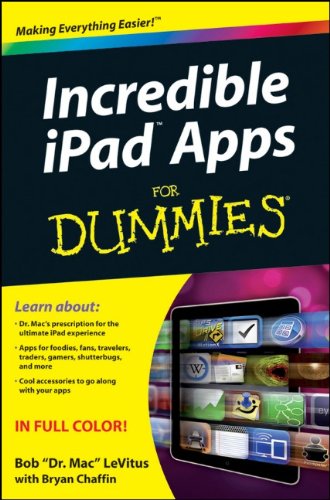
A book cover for Incredible iPad Apps For Dummies; Bob LeVitus; Computers & Technology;